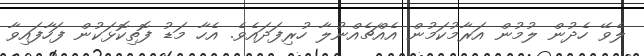
ލެވޭ ހެދުން ލުމުން އަރާމުކަމުން އެއްޗެއްނުލާ ހުރިފަދައެވެ. އެހާ މަޑު ފޮތިކޮޅަކުން ފަހާފައިވާ